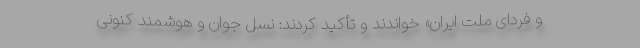
و فردای ملت ایران» خواندند و تأکید کردند: نسل جوان و هوشمند کنونی